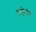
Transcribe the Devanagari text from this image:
बिंदुरेखीय